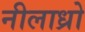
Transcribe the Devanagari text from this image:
नीलाध्रो